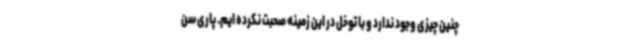
چنین چیزی وجود ندارد و با توخل در این زمینه صحبت نکرده ایم. پاری سن